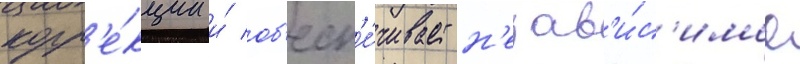
корр'е́кции и́ об'есп'е́чивает н'езав'и́с'имое